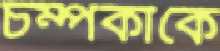
চম্পকাকে